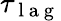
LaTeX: \tau_{\mathrm{~l~a~g~}}